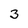
Character: 3